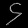
Digit: ၄